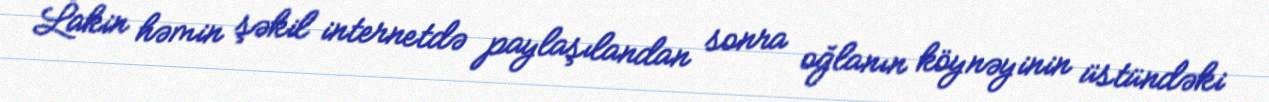
Lakin həmin şəkil internetdə paylaşılandan sonra oğlanın köynəyinin üstündəki